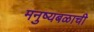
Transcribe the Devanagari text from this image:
मनुष्यबळाची